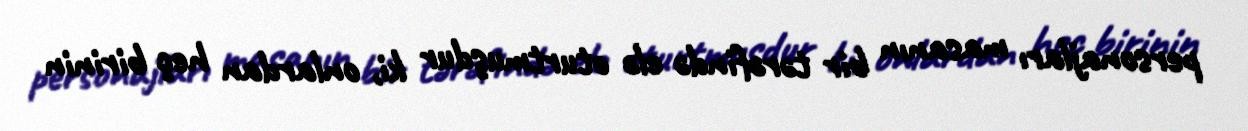
personajları masanın bir tərəfində elə oturtmuşdur ki, onlardan heç birinin